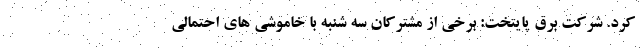
کرد. شرکت برق پایتخت: برخی از مشترکان سه شنبه با خاموشی های احتمالی